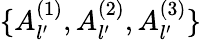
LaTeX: \{ A_{l^{\prime}}^{(1)},A_{l^{\prime}}^{(2)},A_{l^{\prime}}^{(3)}\}